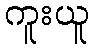
ကူးယူ